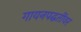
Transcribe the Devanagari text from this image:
गायनपद्धतींवर